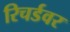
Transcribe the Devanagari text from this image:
रिचर्डवर